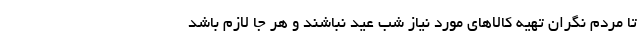
تا مردم نگران تهیه کالاهای مورد نیاز شب عید نباشند و هر جا لازم باشد